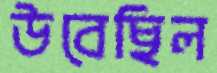
উবেছিল